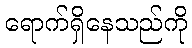
ရောက်ရှိနေသည်ကို